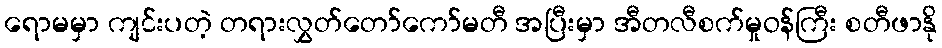
ရောမမှာ ကျင်းပတဲ့ တရားလွှတ်တော်ကော်မတီ အပြီးမှာ အီတလီစက်မှုဝန်ကြီး စတီဖာနို